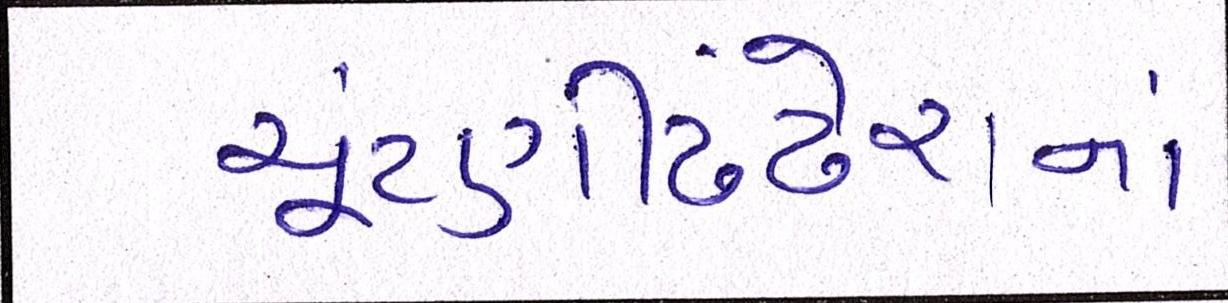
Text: ચૂંટણીઢંઢેરાનાં